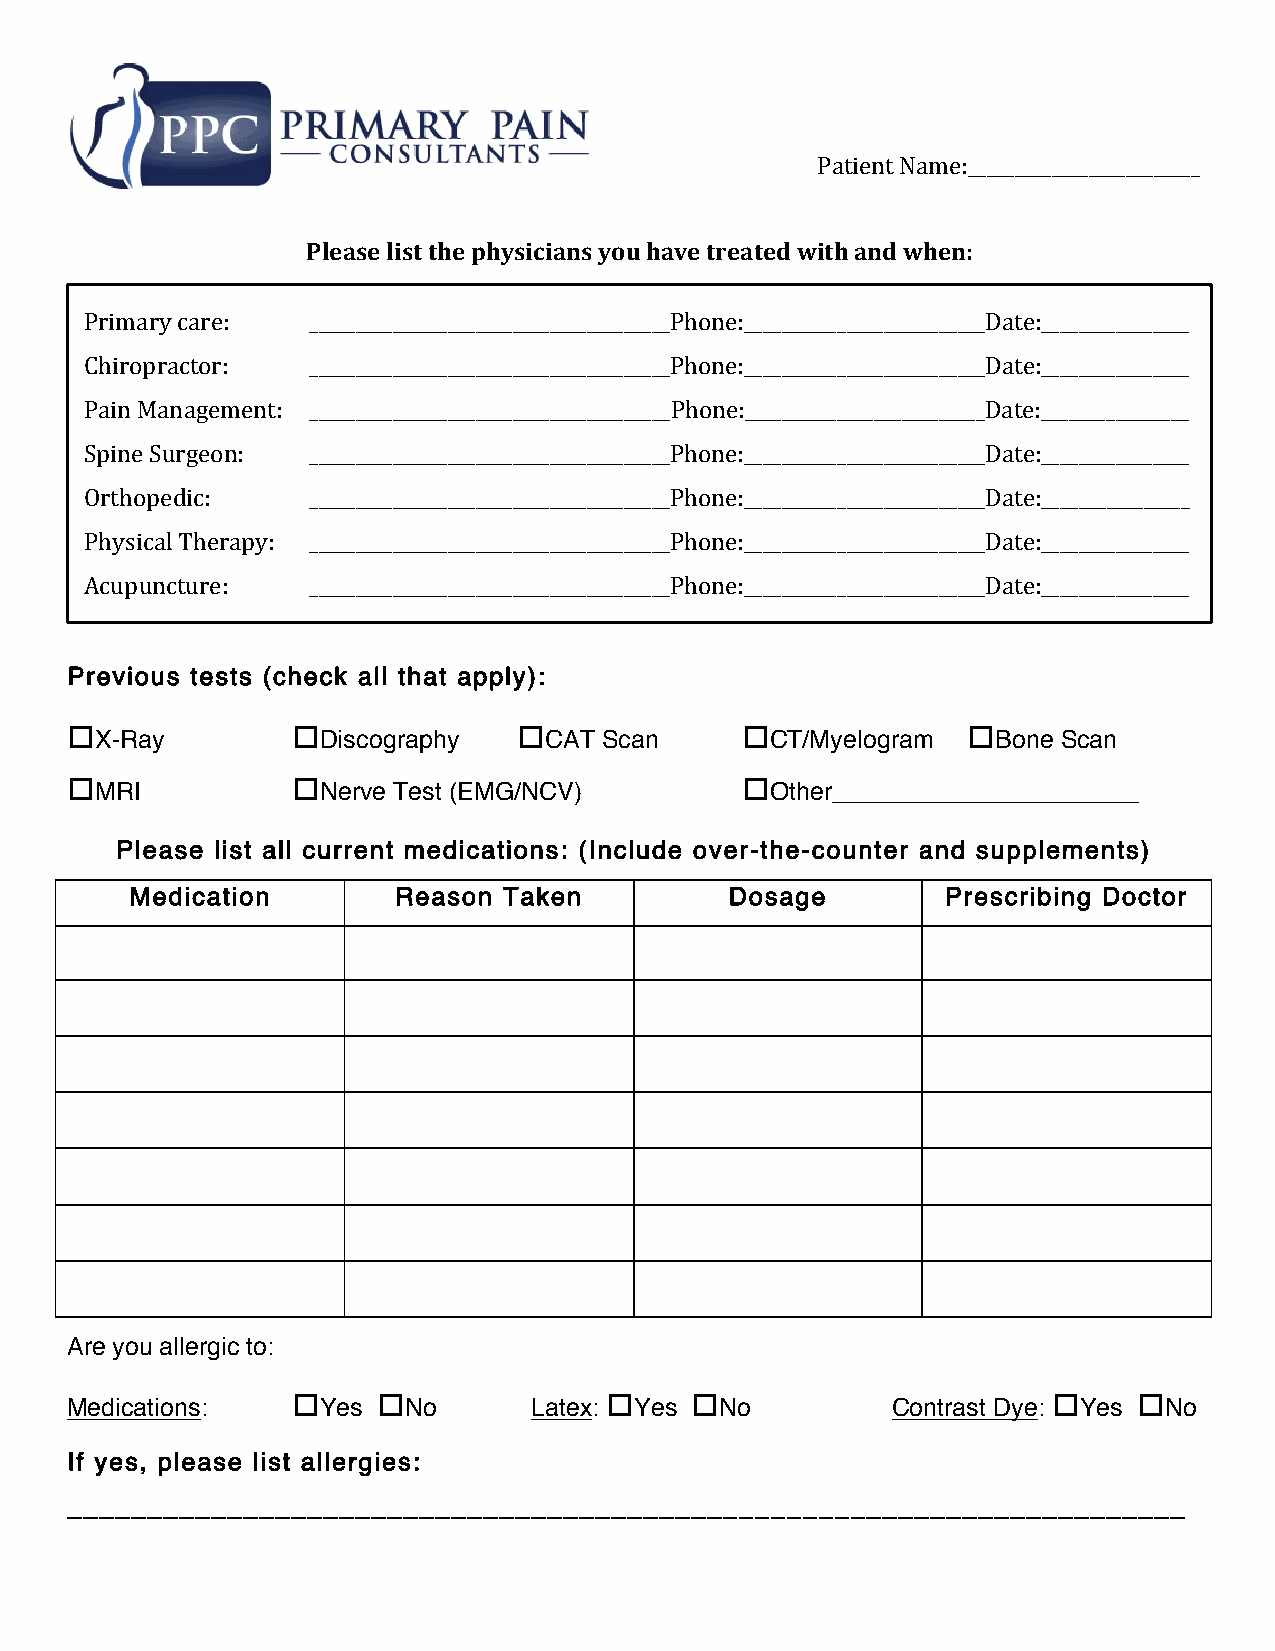
Patient Name:_________________________
 Please list the physicians you have treated with and when:
 Primary care: _______________________________________Phone:__________________________Date:________________
 Chiropractor: _______________________________________Phone:__________________________Date:________________
 Pain Management: _______________________________________Phone:__________________________Date:________________
 Spine Surgeon: _______________________________________Phone:__________________________Date:________________
 Orthopedic:   _______________________________________Phone:__________________________Date:________________
 Physical Therapy: _______________________________________Phone:__________________________Date:________________
 Acupuncture:  _______________________________________Phone:__________________________Date:________________
 Previous tests (check all that apply):
 oX-Ray         oDiscography   oCAT  Scan     oCT/Myelogram  oBone Scan
 oMRI           oNerve Test (EMG/NCV)         oOther______________________
 Please list all current medications: (Include over-the-counter and supplements)
 Medication       Reason Taken          Dosage         Prescribing Doctor
 Are you allergic to:
 Medications:   oYes  oNo       Latex: oYes oNo         Contrast Dye: oYes oNo
 If yes, please list allergies:
 ______________________________________________________________________